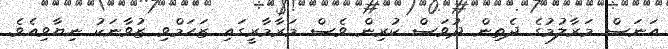
އަނަސް މަރާލުމުގެ ދެތިން ދުވަސް ކުރިން ވެސް މަރާމާރީގައި ޒަހަމްވި ޒުވާނަކު ނިޔާވިއެވެ.